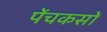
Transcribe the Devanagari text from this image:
पेंचकसों